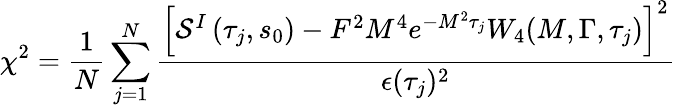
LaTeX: \chi^{2}=\frac{1}{N}\sum_{j=1}^{N}\frac{\left[{\cal S}^{I}\left(\tau_{j},s_{0}\right)-F^{2}M^{4}e^{-M^{2}\tau_{j}}W_{4}(M,\Gamma,\tau_{j})\right]^{2}}{\epsilon(\tau_{j})^{2}}